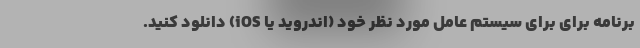
برنامه برای برای سیستم عامل مورد نظر خود (اندروید یا iOS) دانلود کنید.